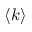
\langle k \rangle